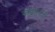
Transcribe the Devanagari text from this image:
कडहरलु